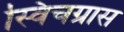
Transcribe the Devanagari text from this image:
स्विचग्रास